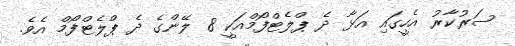
ސަރުކާރު އެހީގައި އަޅާ ދެ ޕްލެޓްފޯމްއަކީ 8 ލޭންގެ ދެ ޕްލެޓްފޯމް އެވެ.